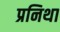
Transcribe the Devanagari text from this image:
प्रनिथा